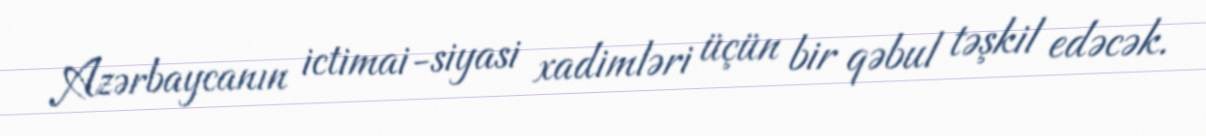
Azərbaycanın ictimai-siyasi xadimləri üçün bir qəbul təşkil edəcək.